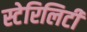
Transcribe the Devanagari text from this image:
स्टेरिलिटी